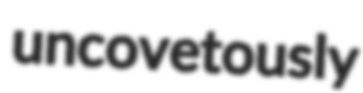
uncovetously